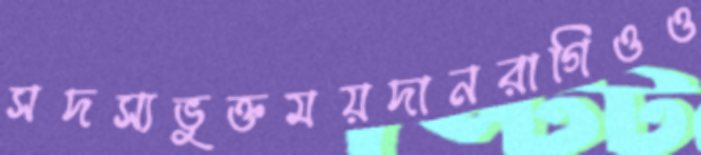
সদস্যভুক্তময়দানরাগিওও